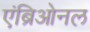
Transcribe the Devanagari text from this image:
एंब्रिओनल